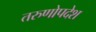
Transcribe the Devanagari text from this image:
तरुणोपदेश